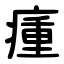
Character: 瘇